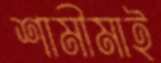
শামীমাই